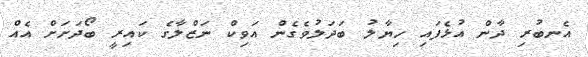
އެނބުރި ދާން އުޅެފައި ހިޔާލު ބަދަލުވެގެން އަވިކް ނަޒްލާގެ ކައިރީ ބޯދަށަށް އެއް